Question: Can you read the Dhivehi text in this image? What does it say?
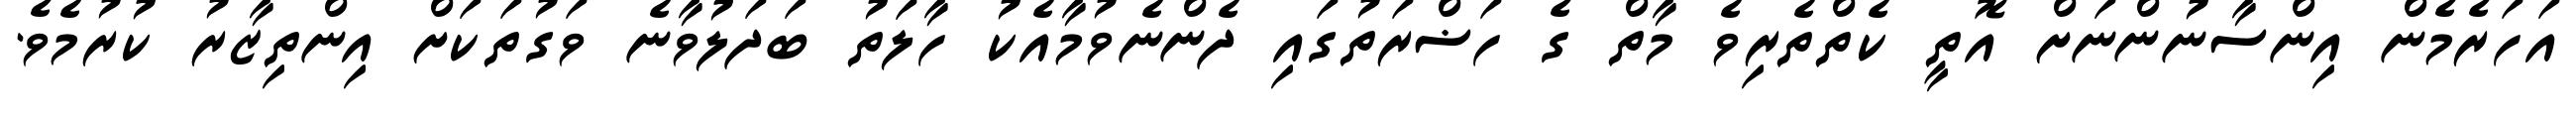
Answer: އަހަރެމެން އިންސާނުންނަށް އޮތީ ކެތްތެރިވެ މާތް ގެ ހަޟްރަތުގައި ދެންނެވުމާއެކު ހާލަތު ބަދަލުވާނެ ވަގުތަކަށް އިންތިޒާރު ކުރުމެވެ.